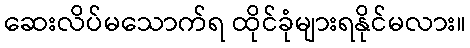
ဆေးလိပ်မသောက်ရ ထိုင်ခုံများရနိုင်မလား။